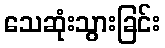
သေဆုံးသွားခြင်း